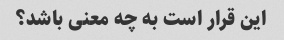
این قرار است به چه معنی باشد؟